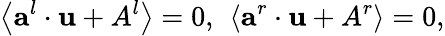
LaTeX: \left\langle\textbf{a}^{l}\cdot\textbf{u}+A^{l}\right\rangle=0,~\left\langle\textbf{a}^{r}\cdot\textbf{u}+A^{r}\right\rangle=0,